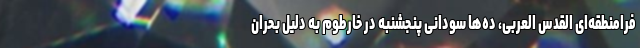
فرامنطقه‌ای القدس العربی، ده‌ها سودانی پنجشنبه در خارطوم به دلیل بحران